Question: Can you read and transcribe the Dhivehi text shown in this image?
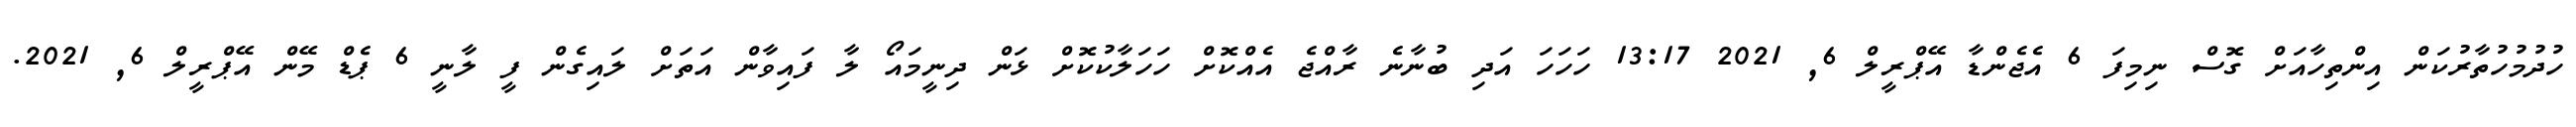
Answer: ހުދުމުހުތާރުކަން އިންތިހާއަށް ގޮސް ނިމިފަ 6 އެޖެންޑާ އޭޕްރީލް 6, 2021 13:17 ހަހަހަ އަދި ބުނާނެ ރާއްޖެ އެއްކޮށް ހަހަލާކުކޮށް ޅަން ދިނީމައޯ ލާ ފައިވާން އަތަށް ލައިގެން ފީ ލާނީ 6 ޕެޑް މޭން އޭޕްރީލް 6, 2021.